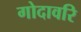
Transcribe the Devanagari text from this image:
गोदावरि